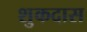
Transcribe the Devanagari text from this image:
शुकदास